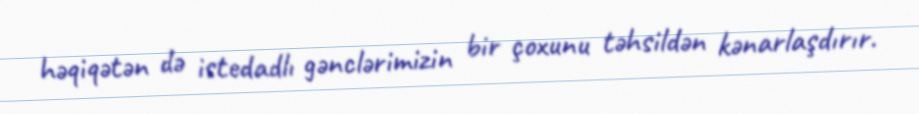
həqiqətən də istedadlı gənclərimizin bir çoxunu təhsildən kənarlaşdırır.